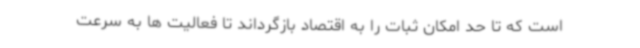
است که تا حد امکان ثبات را به اقتصاد بازگرداند تا فعالیت ها به سرعت